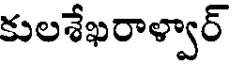
కులశేఖరాళ్వార్